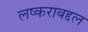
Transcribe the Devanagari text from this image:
लष्कराबद्दल